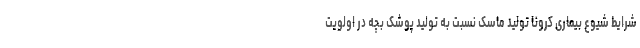
شرایط شیوع بیماری کرونا تولید ماسک نسبت به تولید پوشک بچه در اولویت